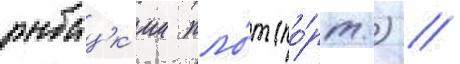
рыбацк'ии пло́т (по́рт.) //